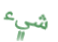
شيء